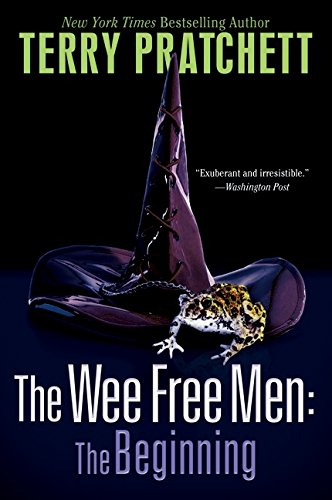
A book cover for The Wee Free Men: The Beginning (Discworld: Wee Free Men / Hat Full of Sky); Terry Pratchett; Teen & Young Adult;